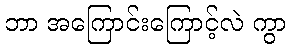
ဘာ အကြောင်းကြောင့်လဲ ကွာ